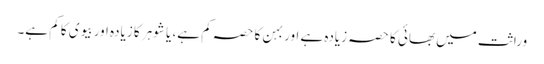
وراثت میں بھائی کا حصہ زیادہ ہے اور بہن کا حصہ کم ہے، یا شوہر کا زیادہ اور بیوی کا کم ہے۔